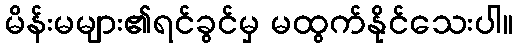
မိန်းမများ၏ရင်ခွင်မှ မထွက်နိုင်သေးပါ။